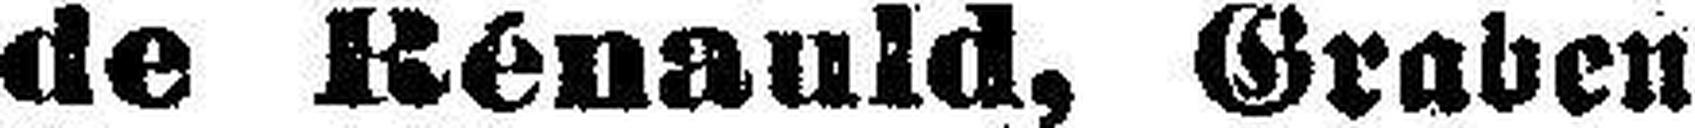
de Rénauld, Graben